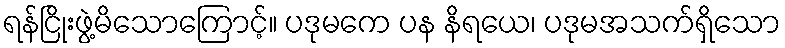
ရန်ငြိုးဖွဲ့မိသောကြောင့်။ ပဒုမကေ ပန နိရယေ၊ ပဒုမအသက်ရှိသော